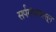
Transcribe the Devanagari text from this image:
सर्पगंधापासून